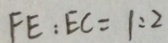
F E : E C = 1 : 2